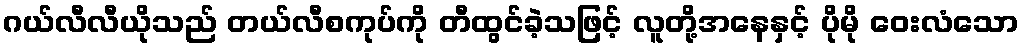
ဂယ်လီလီယိုသည် တယ်လီစကုပ်ကို တီထွင်ခဲ့သဖြင့် လူတို့အနေနှင့် ပိုမို ဝေးလံသော